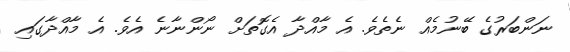
ނަންބަރުގެ ބޭނުމެއް ނެތެވެ. އެ މާއްދާ އެގޮތަށް ނޯންނާނެ އެވެ. އެ މާއްދާގައި